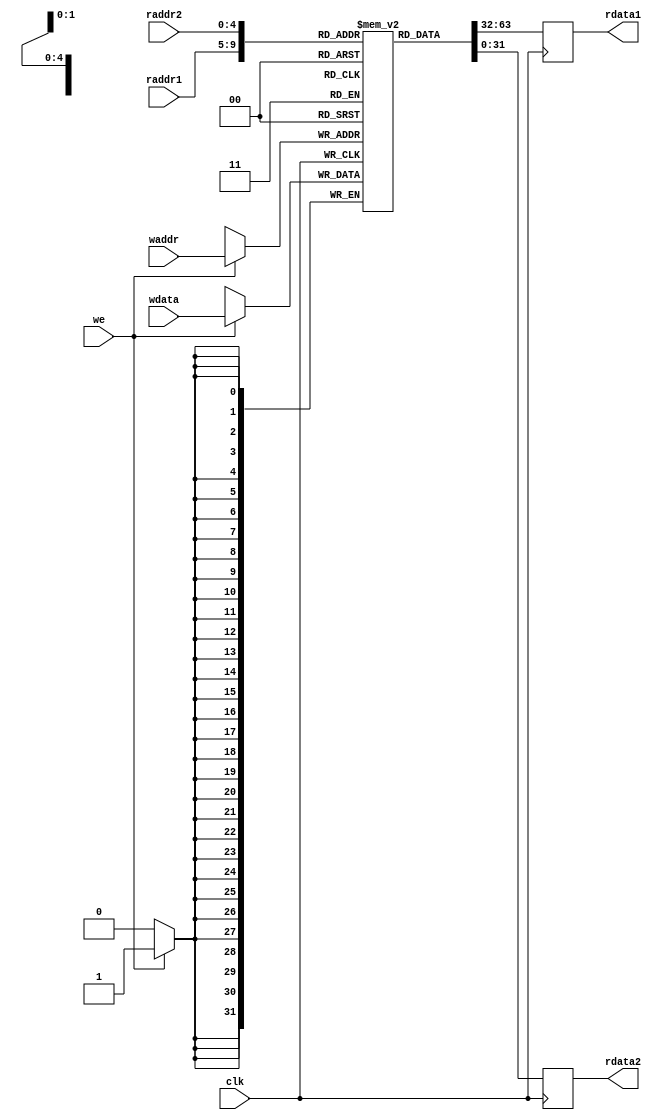
`timescale 1ns / 1ps

//  regfile  Verilog 
module regfile(
    input clk,               // 
    input [5:1] raddr1,      // 1
    output reg [32:1] rdata1, // 1
    input [5:1] raddr2,      // 2
    output reg [32:1] rdata2, // 2
    input we,                // 
    input [5:1] waddr,       // 
    input [32:1] wdata       // 
);

    reg [32:1] regf[31:0]; // 3232

    always @(posedge clk) begin
        // 
        if (we) begin
            regf[waddr] <= wdata; // 1
        end
    end

    always @(posedge clk) begin
        // 
        rdata1 <= regf[raddr1]; // 1
        rdata2 <= regf[raddr2]; // 2
    end

endmodule